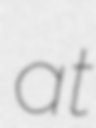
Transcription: at